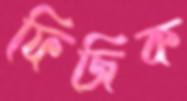
ফিজিক